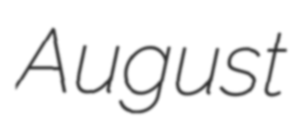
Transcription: August